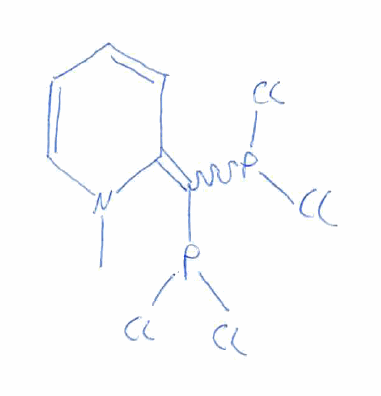
Simplified molecular-input line-entry system (SMILES) notation of the given molecule:
CN1C=CC=CC1=C(P(Cl)Cl)P(Cl)Cl